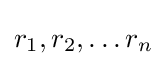
r_{1},r_{2},\ldots r_{n}